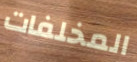
المخلفات